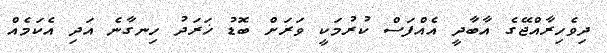
ދިވެހިރާއްޖޭގެ އާބާދީ އެއްފަސް ކުރުމަކީ ވަރަށް ބޮޑު ޚަރަދު ހިނގާނެ އަދި އެކަމެއް